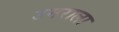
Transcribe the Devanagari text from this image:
उमराला